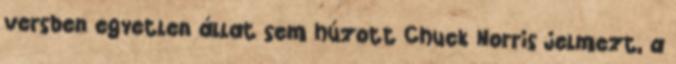
versben egyetlen állat sem húzott Chuck Norris jelmezt, a